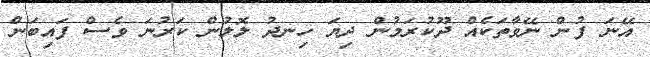
އޭނަ ފުން ނޭވާތަކެއް ދޫކުރަމުން ދިޔަ ހިނދު ލޮލުން ކަރުނަ ވެސް ފައިބަން